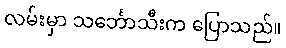
လမ်းမှာ သင်္ဘောသီးက ပြောသည်။